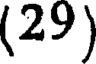
(29)